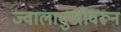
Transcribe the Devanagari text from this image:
ज्वालामुखीवरून